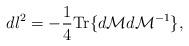
LaTeX: \begin{align*}dl^2=-\frac{1}{4} {\rm Tr} \{d{\cal M}d{\cal M}^{-1}\},\end{align*}